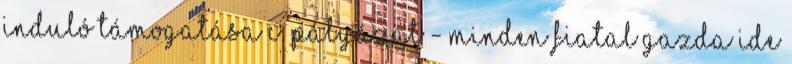
induló támogatása c. pályázat - Minden Fiatal Gazda ide